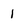
Character: 1